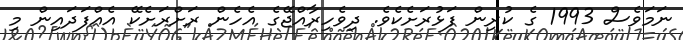
ނަމަވެސް 1993 ގެ ކުރިން ފަޅުރަށެކެވެ. ދިވެހިރާއްޖޭގެ އެހެން ރަށްރަށެކޭ އެއްފަދައިން މި